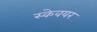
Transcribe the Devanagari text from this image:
स्केवयर